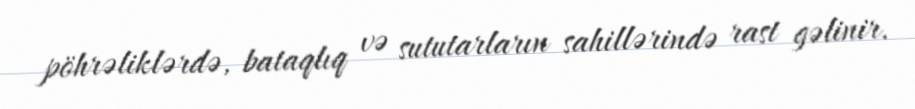
pöhrəliklərdə, bataqlıq və sututarların sahillərində rast gəlinir.